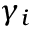
\gamma _ { i }